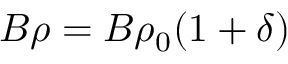
\begin{array} { r } { B \rho = B \rho _ { 0 } ( 1 + \delta ) } \end{array}